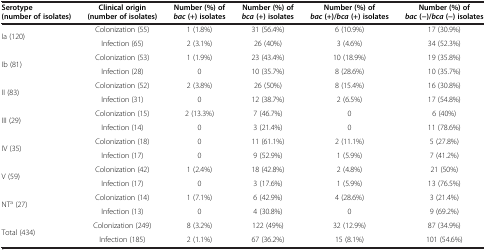
| Serotype (number of isolates) | Clinical origin (number of isolates) | Number (%) of bac (+) isolates | Number (%) of bca (+) isolates | Number (%) of bac (+)/bca (+) isolates | Number (%) of bac (-)/bca (-) isolates |
 | --- | --- | --- | --- | --- | --- |
 | <ROWSPAN=2> Ia (120) | Colonization (55) | 1 (1.8%) | 31 (56.4%) | 6 (10.9%) | 17 (30.9%) |
 | Infection (65) | 2 (3.1%) | 26 (40%) | 3 (4.6%) | 34 (52.3%) |
 | <ROWSPAN=2> Ib (81) | Colonization (53) | 1 (1.9%) | 23 (43.4%) | 10 (18.9%) | 19 (35.8%) |
 | Infection (28) | 0 | 10 (35.7%) | 8 (28.6%) | 10 (35.7%) |
 | <ROWSPAN=2> II (83) | Colonization (52) | 2 (3.8%) | 26 (50%) | 8 (15.4%) | 16 (30.8%) |
 | Infection (31) | 0 | 12 (38.7%) | 2 (6.5%) | 17 (54.8%) |
 | <ROWSPAN=2> III (29) | Colonization (15) | 2 (13.3%) | 7 (46.7%) | 0 | 6 (40%) |
 | Infection (14) | 0 | 3 (21.4%) | 0 | 11 (78.6%) |
 | <ROWSPAN=2> IV (35) | Colonization (18) | 0 | 11 (61.1%) | 2 (11.1%) | 5 (27.8%) |
 | Infection (17) | 0 | 9 (52.9%) | 1 (5.9%) | 7 (41.2%) |
 | <ROWSPAN=2> V (59) | Colonization (42) | 1 (2.4%) | 18 (42.8%) | 2 (4.8%) | 21 (50%) |
 | Infection (17) | 0 | 3 (17.6%) | 1 (5.9%) | 13 (76.5%) |
 | <ROWSPAN=2> NTa (27) | Colonization (14) | 1 (7.1%) | 6 (42.9%) | 4 (28.6%) | 3 (21.4%) |
 | Infection (13) | 0 | 4 (30.8%) | 0 | 9 (69.2%) |
 | <ROWSPAN=2> Total (434) | Colonization (249) | 8 (3.2%) | 122 (49%) | 32 (12.9%) | 87 (34.9%) |
 | Infection (185) | 2 (1.1%) | 67 (36.2%) | 15 (8.1%) | 101 (54.6%) |